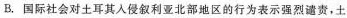
B.国际社会对土耳其入侵叙利亚北部地区的行为表示强烈谴责，土